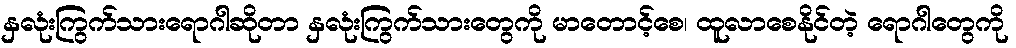
နှလုံးကြွက်သားရောဂါဆိုတာ နှလုံးကြွက်သားတွေကို မာတောင့်စေ၊ ထူလာစေနိုင်တဲ့ ရောဂါတွေကို